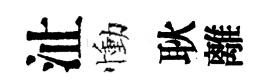
沚慟耿離